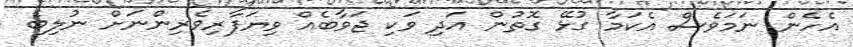
އެހެން ނަމަވެސް އެކަމާ ގުޅޭ ގޮތުން އަދި ވަކި ޖަވާބެއް ވިޔަފާރިވެރިންނަށް ނުލިބެ